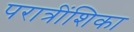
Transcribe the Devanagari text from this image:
परात्रींशिका